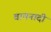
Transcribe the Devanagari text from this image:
वाचनादी